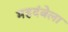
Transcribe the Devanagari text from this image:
महदंबेला